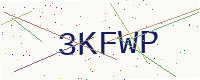
Text: 3KFWP